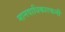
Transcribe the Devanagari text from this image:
मानवाधिकारकर्मी